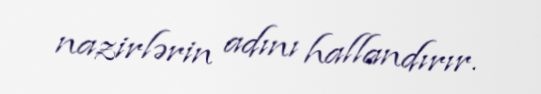
nazirlərin adını hallandırır.